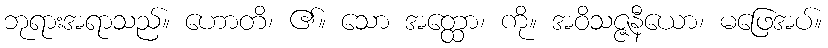
ဘုရားအရာသည်။ ဟောတိ၊ ၏။ သော အတ္ထော၊ ကို။ အဝိသဇ္ဇနီယော၊ မဖြေအပ်။